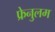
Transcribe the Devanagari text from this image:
फ्रेनुलम